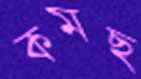
কমছ